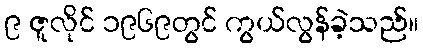
၉ ဇူလိုင် ၁၉၆၉တွင် ကွယ်လွန်ခဲ့သည်။